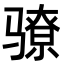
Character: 𬴉